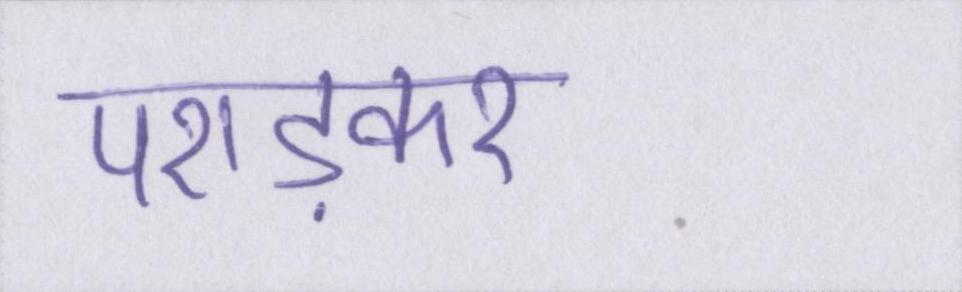
पराड़कर